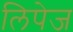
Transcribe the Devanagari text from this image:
लिपेज